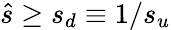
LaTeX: \hat{s}\ge s_{d}\equiv 1/s_{u}